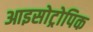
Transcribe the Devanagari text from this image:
आइसोट्रोपिक